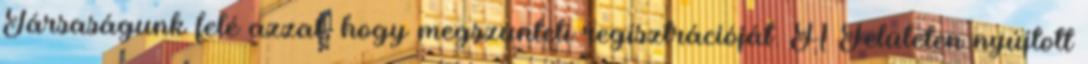
Társaságunk felé azzal, hogy megszünteti regisztrációját. A Felületen nyújtott